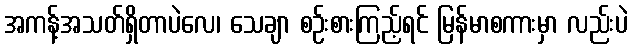
အကန့်အသတ်ရှိတာပဲလေ၊ သေချာ စဉ်းစားကြည့်ရင် မြန်မာစကားမှာ လည်းပဲ